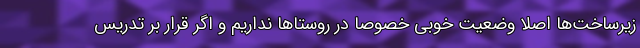
زیرساخت‌ها اصلا وضعیت خوبی خصوصا در روستاها نداریم و اگر قرار بر تدریس